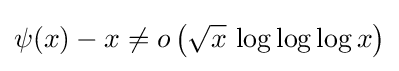
\psi (x)-x\neq o\left({\sqrt {x}}\,\log \log \log x\right)